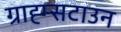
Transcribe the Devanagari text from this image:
ग्राह्म्सटाउन